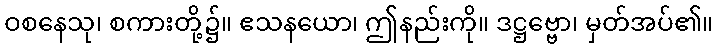
ဝစနေသု၊ စကားတို့၌။ ဧသနယော၊ ဤနည်းကို။ ဒဋ္ဌဗ္ဗော၊ မှတ်အပ်၏။